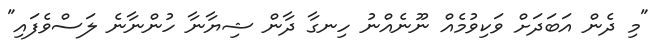
"މި ދެން އަބަދަށް ވަކިވުމެއް ނޫނެއްނު ހިނގާ ދާން ޝިޔާނާ ހުންނާނެ ލަސްވެފައި"